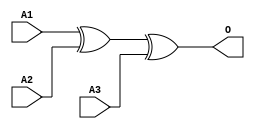
module JXOR3A(A1, A2, A3, O);
input   A1;
input   A2;
input   A3;
output  O;
xor g0(O, A1, A2, A3);
endmodule